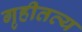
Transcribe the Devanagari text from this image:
गृहीतव्य